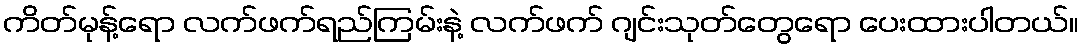
ကိတ်မုန့်ရော လက်ဖက်ရည်ကြမ်းနဲ့ လက်ဖက် ဂျင်းသုတ်တွေရော ပေးထားပါတယ်။